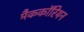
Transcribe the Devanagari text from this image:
मैककॉरियन